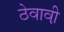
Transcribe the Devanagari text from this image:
ठेवावी़